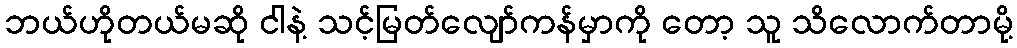
ဘယ်ဟိုတယ်မဆို ငါနဲ့ သင့်မြတ်လျော်ကန်မှာကို တော့ သူ သိလောက်တာမို့